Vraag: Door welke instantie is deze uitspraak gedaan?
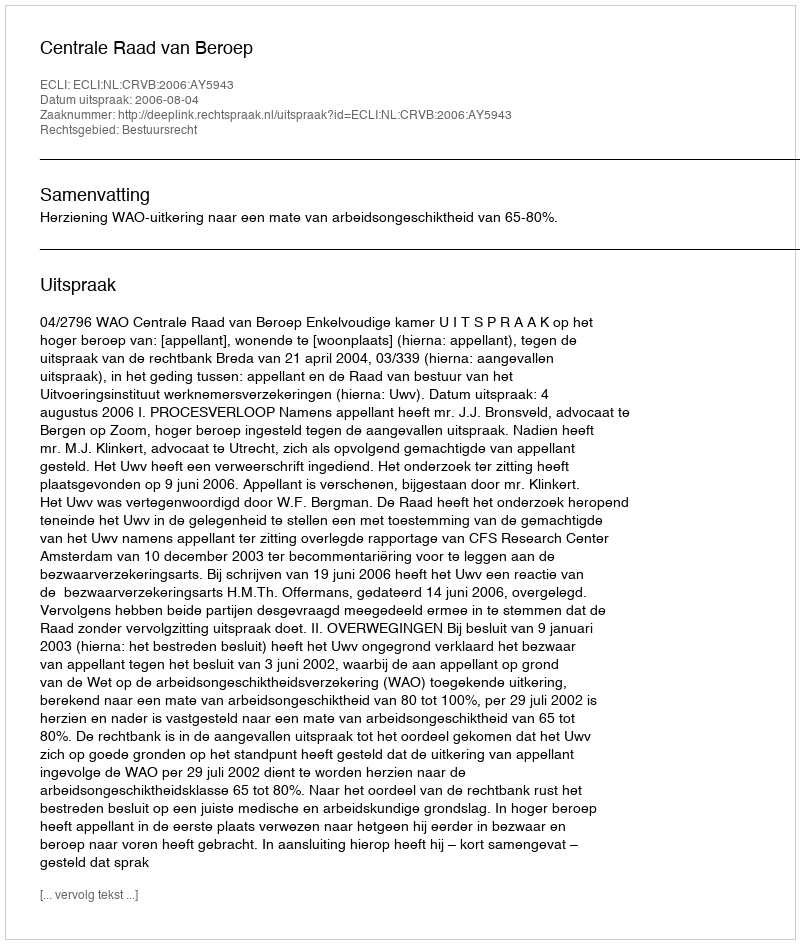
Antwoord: Centrale Raad van Beroep